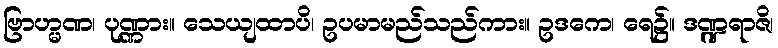
ဗြာဟ္မဏ၊ ပုဏ္ဏား။ သေယျထာပိ၊ ဥပမာမည်သည်ကား။ ဥဒကေ၊ ရေ၌။ ဒဏ္ဍရာဇိ၊